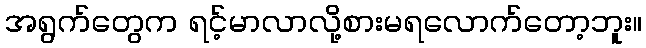
အရွက်တွေက ရင့်မာလာလို့စားမရလောက်တော့ဘူး။